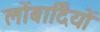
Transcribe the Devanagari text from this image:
लोंबार्दियों